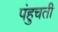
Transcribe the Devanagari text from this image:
पंहुचती